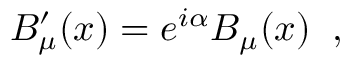
B _ { \mu } ^ { \prime } ( x ) = e ^ { i \alpha } B _ { \mu } ( x ) \; \; ,